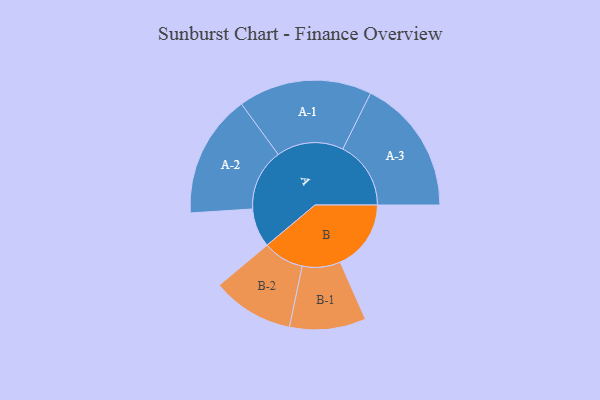
{"axis": {"x": "Segment", "y": "Value"}, "legend": ["", "A", "B"], "data": [{"x": "A", "y": 169, "type": ""}, {"x": "B", "y": 308, "type": ""}, {"x": "A-1", "y": 291, "type": "A"}, {"x": "A-2", "y": 268, "type": "A"}, {"x": "A-3", "y": 296, "type": "A"}, {"x": "B-1", "y": 166, "type": "B"}, {"x": "B-2", "y": 178, "type": "B"}]}